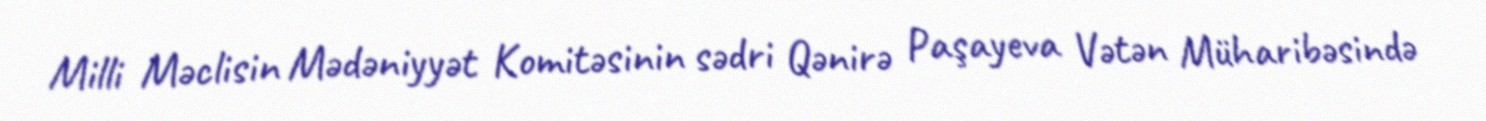
Milli Məclisin Mədəniyyət Komitəsinin sədri Qənirə Paşayeva Vətən Müharibəsində